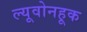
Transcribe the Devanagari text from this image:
ल्यूवोनहूक